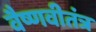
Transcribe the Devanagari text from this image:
वैष्णवीतंत्र